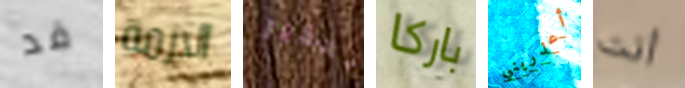
قد الازمة تحذير باركا أعذريني أنت